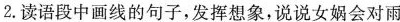
2.读语段中画线的句子，发挥想象，说说女娲会对雨